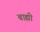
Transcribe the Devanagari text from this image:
बाह्मी